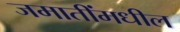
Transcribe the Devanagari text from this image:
जमातींमधील